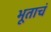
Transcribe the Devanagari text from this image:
भूताचं